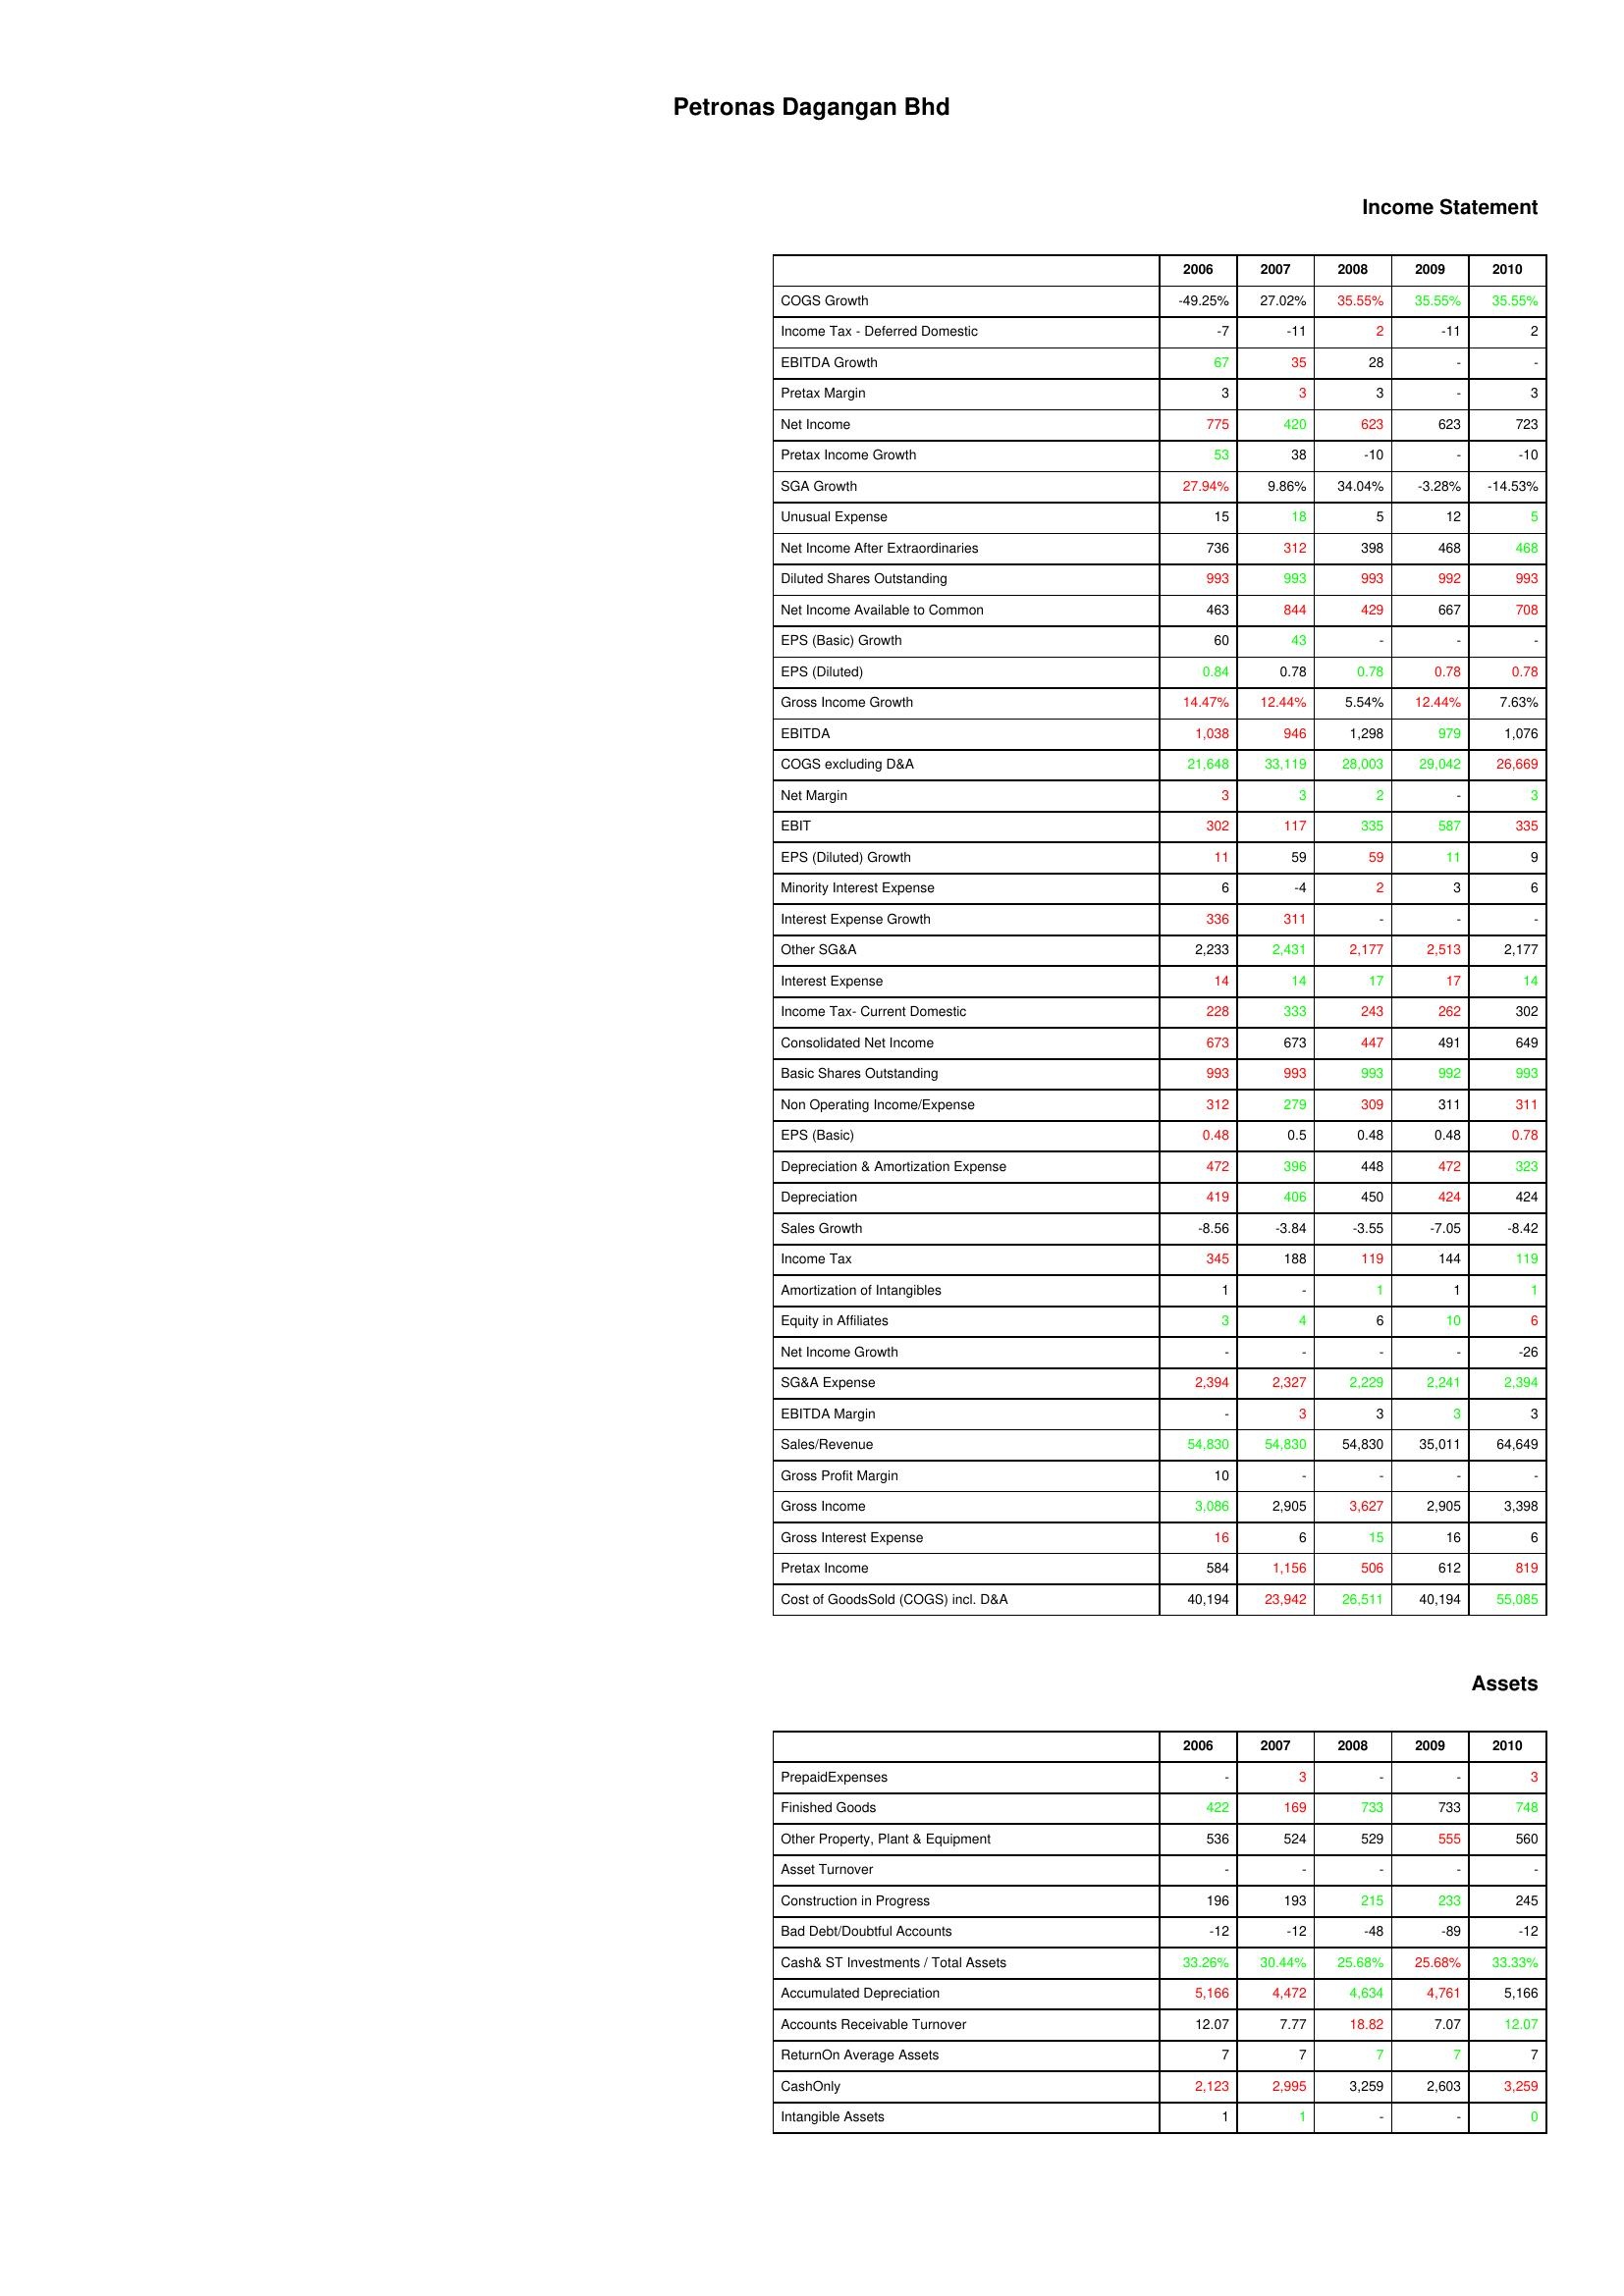
gt_parse: 2006: Income Statement: COGS Growth: -49.25%
Income Tax - Deferred Domestic: -7
EBITDA Growth: 67
Pretax Margin: 3
Net Income: 775
Pretax Income Growth: 53
SGA Growth: 27.94%
Unusual Expense: 15
Net Income After Extraordinaries: 736
Diluted Shares Outstanding: 993
Net Income Available to Common: 463
EPS (Basic) Growth: 60
EPS (Diluted): 0.84
Gross Income Growth: 14.47%
EBITDA: 1,038
COGS excluding D&A: 21,648
Net Margin: 3
EBIT: 302
EPS (Diluted) Growth: 11
Minority Interest Expense: 6
Interest Expense Growth: 336
Other SG&A: 2,233
Interest Expense: 14
Income Tax- Current Domestic: 228
Consolidated Net Income: 673
Basic Shares Outstanding: 993
Non Operating Income/Expense: 312
EPS (Basic): 0.48
Depreciation & Amortization Expense: 472
Depreciation: 419
Sales Growth: -8.56
Income Tax: 345
Amortization of Intangibles: 1
Equity in Affiliates: 3
Net Income Growth: -
SG&A Expense: 2,394
EBITDA Margin: -
Sales/Revenue: 54,830
Gross Profit Margin: 10
Gross Income: 3,086
Gross Interest Expense: 16
Pretax Income: 584
Cost of GoodsSold (COGS) incl. D&A: 40,194
Assets: PrepaidExpenses: -
Finished Goods: 422
Other Property, Plant & Equipment: 536
Asset Turnover: -
Construction in Progress: 196
Bad Debt/Doubtful Accounts: -12
Cash& ST Investments / Total Assets: 33.26%
Accumulated Depreciation: 5,166
Accounts Receivable Turnover: 12.07
ReturnOn Average Assets: 7
CashOnly: 2,123
Intangible Assets: 1
2007: Income Statement: COGS Growth: 27.02%
Income Tax - Deferred Domestic: -11
EBITDA Growth: 35
Pretax Margin: 3
Net Income: 420
Pretax Income Growth: 38
SGA Growth: 9.86%
Unusual Expense: 18
Net Income After Extraordinaries: 312
Diluted Shares Outstanding: 993
Net Income Available to Common: 844
EPS (Basic) Growth: 43
EPS (Diluted): 0.78
Gross Income Growth: 12.44%
EBITDA: 946
COGS excluding D&A: 33,119
Net Margin: 3
EBIT: 117
EPS (Diluted) Growth: 59
Minority Interest Expense: -4
Interest Expense Growth: 311
Other SG&A: 2,431
Interest Expense: 14
Income Tax- Current Domestic: 333
Consolidated Net Income: 673
Basic Shares Outstanding: 993
Non Operating Income/Expense: 279
EPS (Basic): 0.5
Depreciation & Amortization Expense: 396
Depreciation: 406
Sales Growth: -3.84
Income Tax: 188
Amortization of Intangibles: -
Equity in Affiliates: 4
Net Income Growth: -
SG&A Expense: 2,327
EBITDA Margin: 3
Sales/Revenue: 54,830
Gross Profit Margin: -
Gross Income: 2,905
Gross Interest Expense: 6
Pretax Income: 1,156
Cost of GoodsSold (COGS) incl. D&A: 23,942
Assets: PrepaidExpenses: 3
Finished Goods: 169
Other Property, Plant & Equipment: 524
Asset Turnover: -
Construction in Progress: 193
Bad Debt/Doubtful Accounts: -12
Cash& ST Investments / Total Assets: 30.44%
Accumulated Depreciation: 4,472
Accounts Receivable Turnover: 7.77
ReturnOn Average Assets: 7
CashOnly: 2,995
Intangible Assets: 1
2008: Income Statement: COGS Growth: 35.55%
Income Tax - Deferred Domestic: 2
EBITDA Growth: 28
Pretax Margin: 3
Net Income: 623
Pretax Income Growth: -10
SGA Growth: 34.04%
Unusual Expense: 5
Net Income After Extraordinaries: 398
Diluted Shares Outstanding: 993
Net Income Available to Common: 429
EPS (Basic) Growth: -
EPS (Diluted): 0.78
Gross Income Growth: 5.54%
EBITDA: 1,298
COGS excluding D&A: 28,003
Net Margin: 2
EBIT: 335
EPS (Diluted) Growth: 59
Minority Interest Expense: 2
Interest Expense Growth: -
Other SG&A: 2,177
Interest Expense: 17
Income Tax- Current Domestic: 243
Consolidated Net Income: 447
Basic Shares Outstanding: 993
Non Operating Income/Expense: 309
EPS (Basic): 0.48
Depreciation & Amortization Expense: 448
Depreciation: 450
Sales Growth: -3.55
Income Tax: 119
Amortization of Intangibles: 1
Equity in Affiliates: 6
Net Income Growth: -
SG&A Expense: 2,229
EBITDA Margin: 3
Sales/Revenue: 54,830
Gross Profit Margin: -
Gross Income: 3,627
Gross Interest Expense: 15
Pretax Income: 506
Cost of GoodsSold (COGS) incl. D&A: 26,511
Assets: PrepaidExpenses: -
Finished Goods: 733
Other Property, Plant & Equipment: 529
Asset Turnover: -
Construction in Progress: 215
Bad Debt/Doubtful Accounts: -48
Cash& ST Investments / Total Assets: 25.68%
Accumulated Depreciation: 4,634
Accounts Receivable Turnover: 18.82
ReturnOn Average Assets: 7
CashOnly: 3,259
Intangible Assets: -
2009: Income Statement: COGS Growth: 35.55%
Income Tax - Deferred Domestic: -11
EBITDA Growth: -
Pretax Margin: -
Net Income: 623
Pretax Income Growth: -
SGA Growth: -3.28%
Unusual Expense: 12
Net Income After Extraordinaries: 468
Diluted Shares Outstanding: 992
Net Income Available to Common: 667
EPS (Basic) Growth: -
EPS (Diluted): 0.78
Gross Income Growth: 12.44%
EBITDA: 979
COGS excluding D&A: 29,042
Net Margin: -
EBIT: 587
EPS (Diluted) Growth: 11
Minority Interest Expense: 3
Interest Expense Growth: -
Other SG&A: 2,513
Interest Expense: 17
Income Tax- Current Domestic: 262
Consolidated Net Income: 491
Basic Shares Outstanding: 992
Non Operating Income/Expense: 311
EPS (Basic): 0.48
Depreciation & Amortization Expense: 472
Depreciation: 424
Sales Growth: -7.05
Income Tax: 144
Amortization of Intangibles: 1
Equity in Affiliates: 10
Net Income Growth: -
SG&A Expense: 2,241
EBITDA Margin: 3
Sales/Revenue: 35,011
Gross Profit Margin: -
Gross Income: 2,905
Gross Interest Expense: 16
Pretax Income: 612
Cost of GoodsSold (COGS) incl. D&A: 40,194
Assets: PrepaidExpenses: -
Finished Goods: 733
Other Property, Plant & Equipment: 555
Asset Turnover: -
Construction in Progress: 233
Bad Debt/Doubtful Accounts: -89
Cash& ST Investments / Total Assets: 25.68%
Accumulated Depreciation: 4,761
Accounts Receivable Turnover: 7.07
ReturnOn Average Assets: 7
CashOnly: 2,603
Intangible Assets: -
2010: Income Statement: COGS Growth: 35.55%
Income Tax - Deferred Domestic: 2
EBITDA Growth: -
Pretax Margin: 3
Net Income: 723
Pretax Income Growth: -10
SGA Growth: -14.53%
Unusual Expense: 5
Net Income After Extraordinaries: 468
Diluted Shares Outstanding: 993
Net Income Available to Common: 708
EPS (Basic) Growth: -
EPS (Diluted): 0.78
Gross Income Growth: 7.63%
EBITDA: 1,076
COGS excluding D&A: 26,669
Net Margin: 3
EBIT: 335
EPS (Diluted) Growth: 9
Minority Interest Expense: 6
Interest Expense Growth: -
Other SG&A: 2,177
Interest Expense: 14
Income Tax- Current Domestic: 302
Consolidated Net Income: 649
Basic Shares Outstanding: 993
Non Operating Income/Expense: 311
EPS (Basic): 0.78
Depreciation & Amortization Expense: 323
Depreciation: 424
Sales Growth: -8.42
Income Tax: 119
Amortization of Intangibles: 1
Equity in Affiliates: 6
Net Income Growth: -26
SG&A Expense: 2,394
EBITDA Margin: 3
Sales/Revenue: 64,649
Gross Profit Margin: -
Gross Income: 3,398
Gross Interest Expense: 6
Pretax Income: 819
Cost of GoodsSold (COGS) incl. D&A: 55,085
Assets: PrepaidExpenses: 3
Finished Goods: 748
Other Property, Plant & Equipment: 560
Asset Turnover: -
Construction in Progress: 245
Bad Debt/Doubtful Accounts: -12
Cash& ST Investments / Total Assets: 33.33%
Accumulated Depreciation: 5,166
Accounts Receivable Turnover: 12.07
ReturnOn Average Assets: 7
CashOnly: 3,259
Intangible Assets: 0